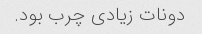
دونات زیادی چرب بود.